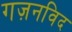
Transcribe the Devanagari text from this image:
गज़नविद